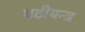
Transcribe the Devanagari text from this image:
घटीयन्त्र